Insane asylums in Bengal annual reports 1876-1887 - 1876-1887
Year: 1876
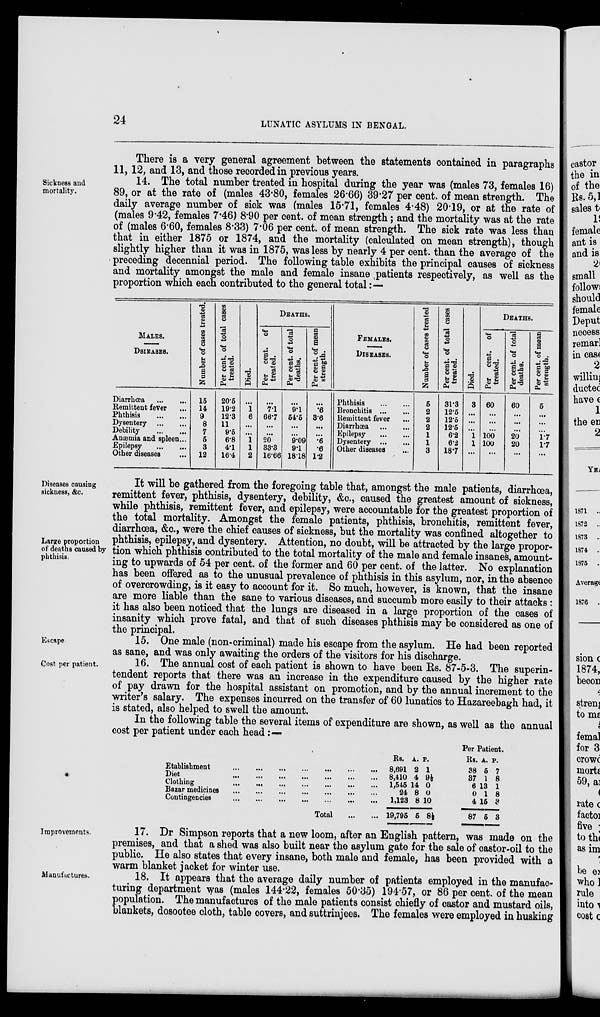
24
LUNATIC ASYLUMS IN BENGAL.
There is a very general agreement between the statements contained in paragraphs
11, 12, and 13, and those recorded in previous years.
Sickness and
mortality.
14. The total number treated in hospital during the year was (males 73, females 16)
89, or at the rate of (males 43.80, females 26.66) 39.27 per cent. of mean strength. The
daily average number of sick was (males 15.71, females 4.48) 20.19, or at the rate of
(males 9.42, females 7.46) 8.90 per cent. of mean strength; and the mortality was at the rate
of (males 6.60, females 8.33) 7.06 per cent. of mean strength. The sick rate was less than
that in either 1875 or 1874, and the mortality (calculated on mean strength), though
slightly higher than it was in 1875, was less by nearly 4 per cent. than the average of the
preceding decennial period. The following table exhibits the principal causes of sickness
and mortality amongst the male and female insane patients respectively, as well as the
proportion which each contributed to the general total:—
MALES.
DSIEASES.
Diarrhœa ... ...
Remittent fever ...
Phthisis
...
...
Dysentery
...
...
Debility
...
...
Anæmia and spleen ...
Epilepsy
...
...
Other diseases ...
Number of cases treated.
15
14
9
8
7
5
3
12
Per cent. of total cases
treated.
20.5
19.2
12.3
11
9.5
6.8
4.1
16.4
Died.
...
1
6
...
...
1
1
2
DEATHS.
Per cent. of
treated.
...
7.1
66.7
...
...
20
33.3
16.66
Per cent. of total
deaths.
...
9.1
54.5
...
...
9.09
9.1
18.18
Per cent. of mean
strength.
...
.6
3.6
...
...
.6
.6
1.2
FEMALES.
DISEASES.
Phthisis
...
...
Bronchitis ... ...
Remittent fever ...
Diarrhœa
...
...
Epilepsy
...
...
Dysentery
...
...
Other diseases ...
Number of cases treated
5
2
2
2
1
1
3
Per cent. of total cases
treated.
31.3
12.5
12.5
12.5
6.2
6.2
18.7
Died.
3
...
...
...
1
1
...
DEATHS.
Per cent. of
treated.
60
...
...
...
100
100
...
Per cent. of total
deaths.
60
...
...
...
20
20
...
Per cent. of mean
strength.
5
...
...
...
1.7
1.7
...
Diseases causing
sickness, &c.
Large proportion
of deaths caused by
phthisis.
It will be gathered from the foregoing table that, amongst the male patients, diarrhoea,
remittent fever, phthisis, dysentery, debility, &c., caused the greatest amount of sickness,
while phthisis, remittent fever, and epilepsy, were accountable for the greatest proportion of
the total mortality. Amongst the female patients, phthisis, bronchitis, remittent fever,
diarrhœa, &c., were the chief causes of sickness, but the mortality was confined altogether to
phthisis, epilepsy, and dysentery. Attention, no doubt, will be attracted by the large propor-
tion which phthisis contributed to the total mortality of the male and female insanes, amount-
ing to upwards of 54 per cent. of the former and 60 per cent. of the latter. No explanation
has been offered as to the unusual prevalence of phthisis in this asylum, nor, in the absence
of overcrowding, is it easy to account for it. So much, however, is known, that the insane
are more liable than the sane to various diseases, and succumb more easily to their attacks :
it has also been noticed that the lungs are diseased in a large proportion of the cases of
insanity which prove fatal, and that of such diseases phthisis may be considered as one of
the principal.
Escape-
15. One male (non-criminal) made his escape from the asylum. He had been reported
as sane, and was only awaiting the orders of the visitors for his discharge.
Cost per patient.
16. The annual cost of each patient is shown to have been Rs. 87-5-3. The superin-
tendent reports that there was an increase in the expenditure caused by the higher rate
of pay drawn for the hospital assistant on promotion, and by the annual increment to the
writer's salary. The expenses incurred on the transfer of 60 lunatics to Hazareebagh had, it
is stated, also helped to swell the amount.
In the following table the several items of expenditure are shown, as well as the annual
cost per patient under each head:—
Etablishment ... ... ... ... ... ...
Diet
...
...
...
...
...
...
Clothing
...
...
...
...
...
...
Bazar medicines
...
...
...
...
...
...
Contingencies
...
...
...
...
...
...
Total
Rs.
8,691
8,410
1,545
24
1,123
19,795
A.
2
4
14
8
8
5
P.
1
9½
0
0
10
8½
Per Patient.
Rs.
38
37
6
0
4
87
A.
5
1
13
1
15
5
P.
7
8
1
8
3
3
Improvements.
17. Dr Simpson reports that a new loom, after an English pattern, was made on the
premises, and that a shed was also built near the asylum gate for the sale of castor-oil to the
public. He also states that every insane, both male and female, has been provided with a
warm blanket jacket for winter use.
Manufactures.
18. It appears that the average daily number of patients employed in the manufac-
turing department was (males 144.22, females 50.85) 194.57, or 86 per cent. of the mean
population. The manufactures of the male patients consist chiefly of castor and mustard oils,
blankets, dosootee cloth, table covers, and suttrinjees. The females were employed in husking